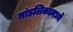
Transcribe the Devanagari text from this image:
मांडलिकामध्ये